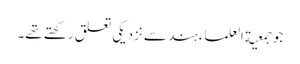
جو جمعیة العلماء ہند سے نزدیکی تعلق رکھتے تھے۔